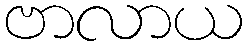
ဗာလာယ